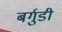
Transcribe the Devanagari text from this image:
बर्गुडी